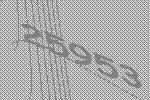
25953